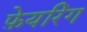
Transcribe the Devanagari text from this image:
फ़ेयरिंग